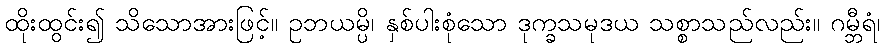
ထိုးထွင်း၍ သိသောအားဖြင့်။ ဥဘယမ္ပိ၊ နှစ်ပါးစုံသော ဒုက္ခသမုဒယ သစ္စာသည်လည်း။ ဂမ္ဘီရံ၊